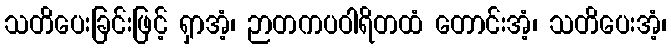
သတိပေးခြင်းဖြင့် ရှာအံ့၊ ဉာတကပဝါရိတထံ တောင်းအံ့၊ သတိပေးအံ့၊